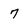
Character: 7